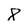
Character: 8